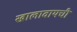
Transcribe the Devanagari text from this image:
खालावायची